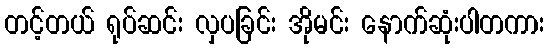
တင့်တယ် ရုပ်ဆင်း လှပခြင်း အိုမင်း နောက်ဆုံးပါတကား